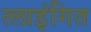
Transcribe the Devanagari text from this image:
त्लाइंगित